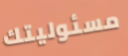
مسئوليتك